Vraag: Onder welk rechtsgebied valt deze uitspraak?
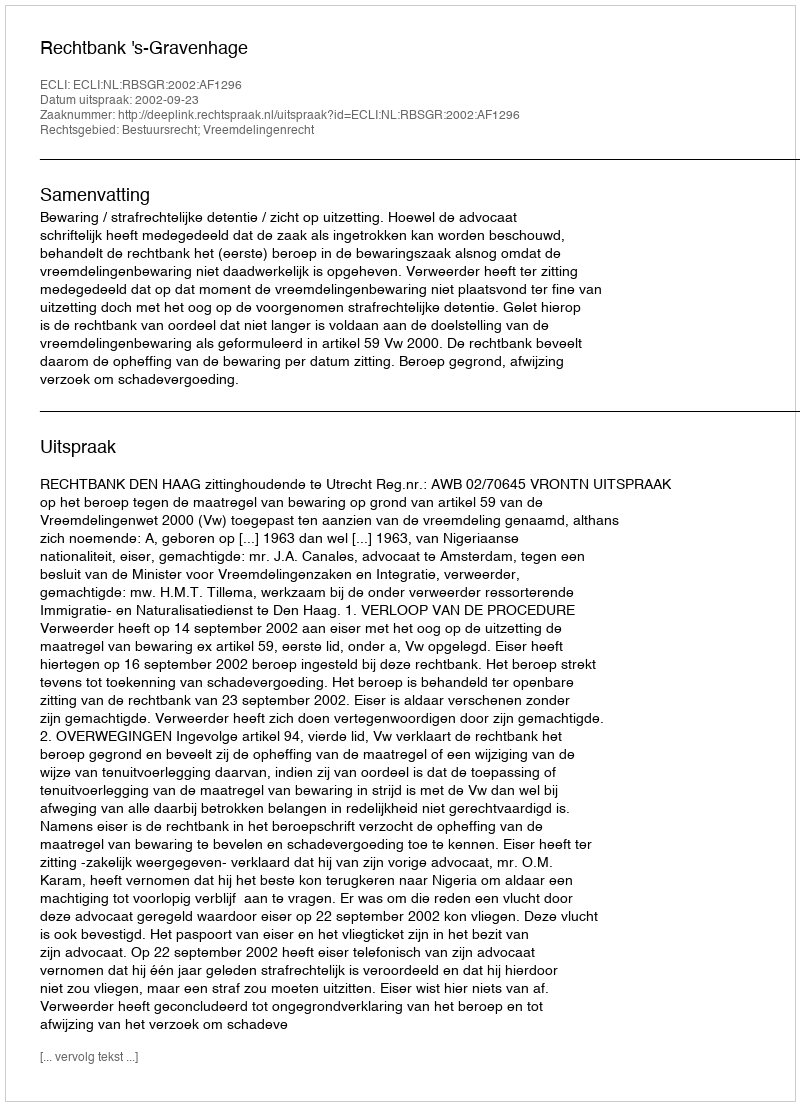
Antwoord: Bestuursrecht; Vreemdelingenrecht